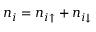
n _ { i } = n _ { i \uparrow } + n _ { i \downarrow }